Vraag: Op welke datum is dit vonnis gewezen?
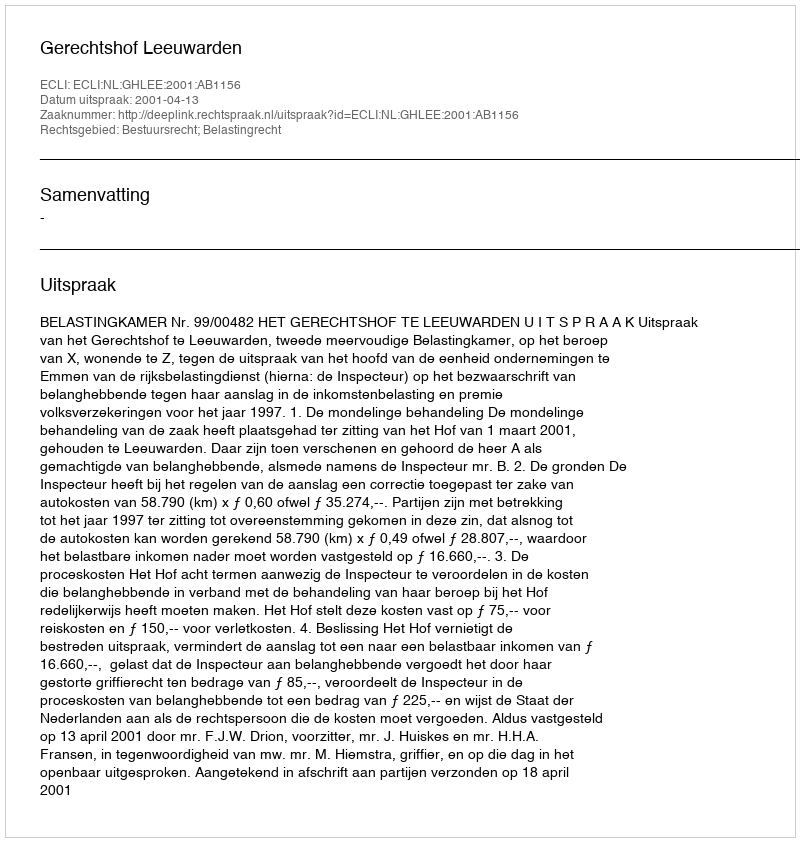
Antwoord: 2001-04-13